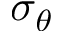
\sigma _ { \theta }